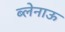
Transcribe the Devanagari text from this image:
ब्लेनाऊ